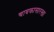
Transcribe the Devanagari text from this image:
चाबकासारखा